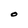
Character: O